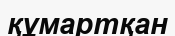
құмартқан